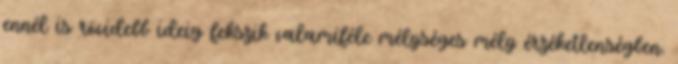
ennél is rövidebb ideig fekszik valamiféle mélységes mély érzéketlenségben.